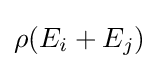
\rho (E_{i}+E_{j})